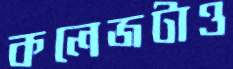
কলেজটাও